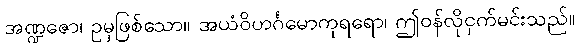
အဏ္ဍဇော၊ ဥမှဖြစ်သော။ အယံဝိဟင်္ဂမောကုရရော၊ ဤဝန်လိုငှက်မင်းသည်။